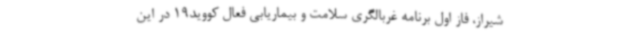
شیراز، فاز اول برنامه غربالگری سلامت و بیماریابی فعال کووید19 در این